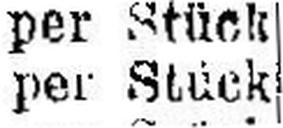
per Stück